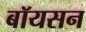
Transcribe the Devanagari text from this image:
बॉयसन